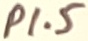
Text: P1.5